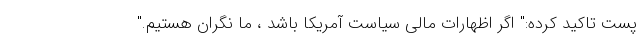
پست تاکید کرده:" اگر اظهارات مالی سیاست آمریکا باشد ، ما نگران هستیم."